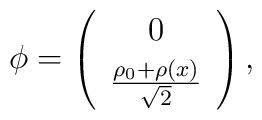
{\phi}=\left(\begin{array}{cl}0\\[1mm]\frac{\rho_0+\rho(x)}{\sqrt{2}}\end{array}\right),